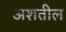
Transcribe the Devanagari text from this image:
अशतील